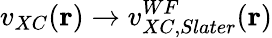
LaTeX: v_{XC}(\mathbf{r})\to v_{XC,Slater}^{WF}(\mathbf{r})